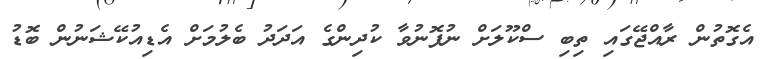
އެގޮތުން ރާއްޖޭގައި ތިބި ސްކޫލަށް ނުފޮނުވާ ކުދިންގެ އަދަދު ބެލުމަށް އެޑިއުކޭޝަނުން ބޮޑު